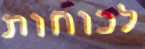
לכוחות